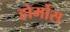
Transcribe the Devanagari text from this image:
होर्मोस